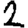
Digit: 2